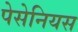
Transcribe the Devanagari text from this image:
पेसेनियस